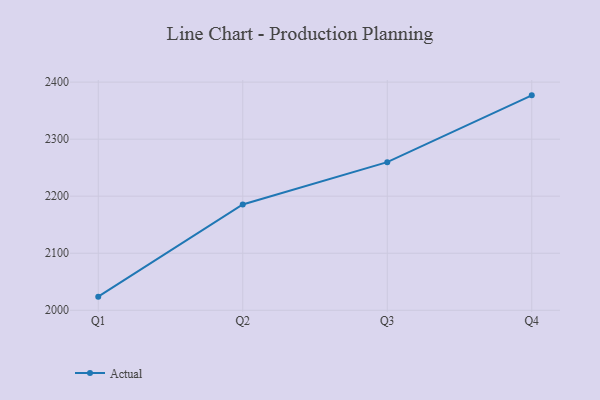
{"axis": {"x": "Quarter", "y": "Gross Profit (USD K)"}, "legend": ["Actual"], "data": [{"x": "Q1", "y": 2023.9, "type": "Actual"}, {"x": "Q2", "y": 2185.4, "type": "Actual"}, {"x": "Q3", "y": 2259.7, "type": "Actual"}, {"x": "Q4", "y": 2376.8, "type": "Actual"}]}